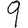
Digit: 9